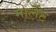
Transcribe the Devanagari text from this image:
मार्लेट